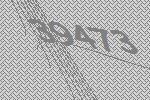
39473